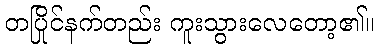
တပြိုင်နက်တည်း ကူးသွားလေတော့၏။